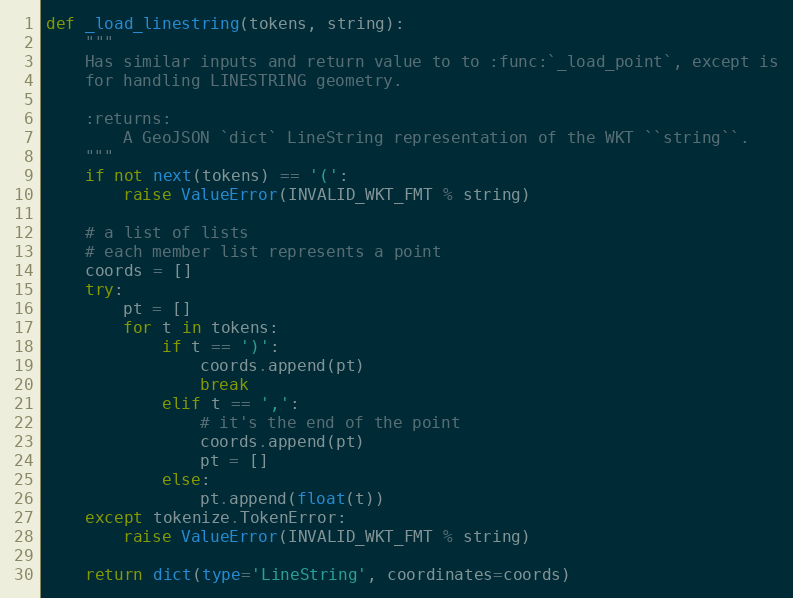
Language: Python
def _load_linestring(tokens, string):
    """
    Has similar inputs and return value to to :func:`_load_point`, except is
    for handling LINESTRING geometry.

    :returns:
        A GeoJSON `dict` LineString representation of the WKT ``string``.
    """
    if not next(tokens) == '(':
        raise ValueError(INVALID_WKT_FMT % string)

    # a list of lists
    # each member list represents a point
    coords = []
    try:
        pt = []
        for t in tokens:
            if t == ')':
                coords.append(pt)
                break
            elif t == ',':
                # it's the end of the point
                coords.append(pt)
                pt = []
            else:
                pt.append(float(t))
    except tokenize.TokenError:
        raise ValueError(INVALID_WKT_FMT % string)

    return dict(type='LineString', coordinates=coords)